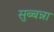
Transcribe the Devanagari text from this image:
सुब्बन्ना